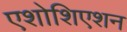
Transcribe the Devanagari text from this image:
एशोशिएशन